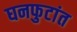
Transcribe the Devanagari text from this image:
घनफुटांत